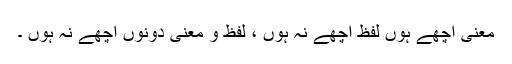
معنی اچھے ہوں لفظ اچھے نہ ہوں ، لفظ و معنی دونوں اچھے نہ ہوں ۔